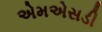
એમએસડી